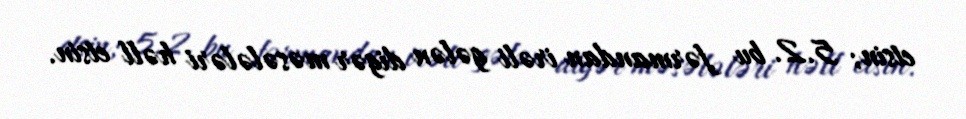
etsin; 5.2. bu fərmandan irəli gələn digər məsələləri həll etsin.